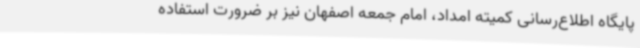
پایگاه اطلاع‌رسانی کمیته امداد، امام جمعه اصفهان نیز بر ضرورت استفاده